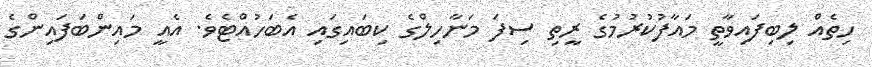
ހިތެއް ލިބިފައިވާތީ މައާފުކުރުމުގެ ރީތި ސިފަ މަނާހިލްގެ ކިބައިގައި އެބަހުއްޓެވެ. އެއީ މައިންބަފައިންގެ